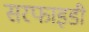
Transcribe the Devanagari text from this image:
सरफाइडी